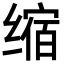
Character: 缩